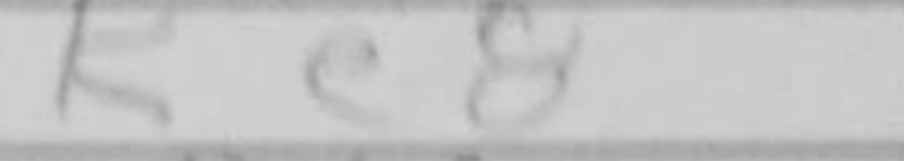
Transcription: Ke8